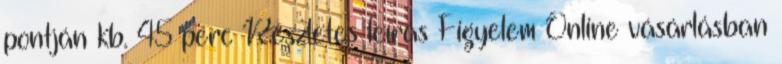
pontján kb. 45 perc Részletes leírás Figyelem Online vásárlásban